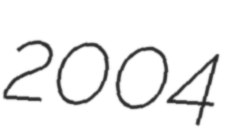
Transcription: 2004